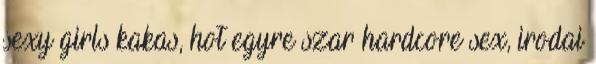
sexy girls kakas, hot egyre szar hardcore sex, irodai